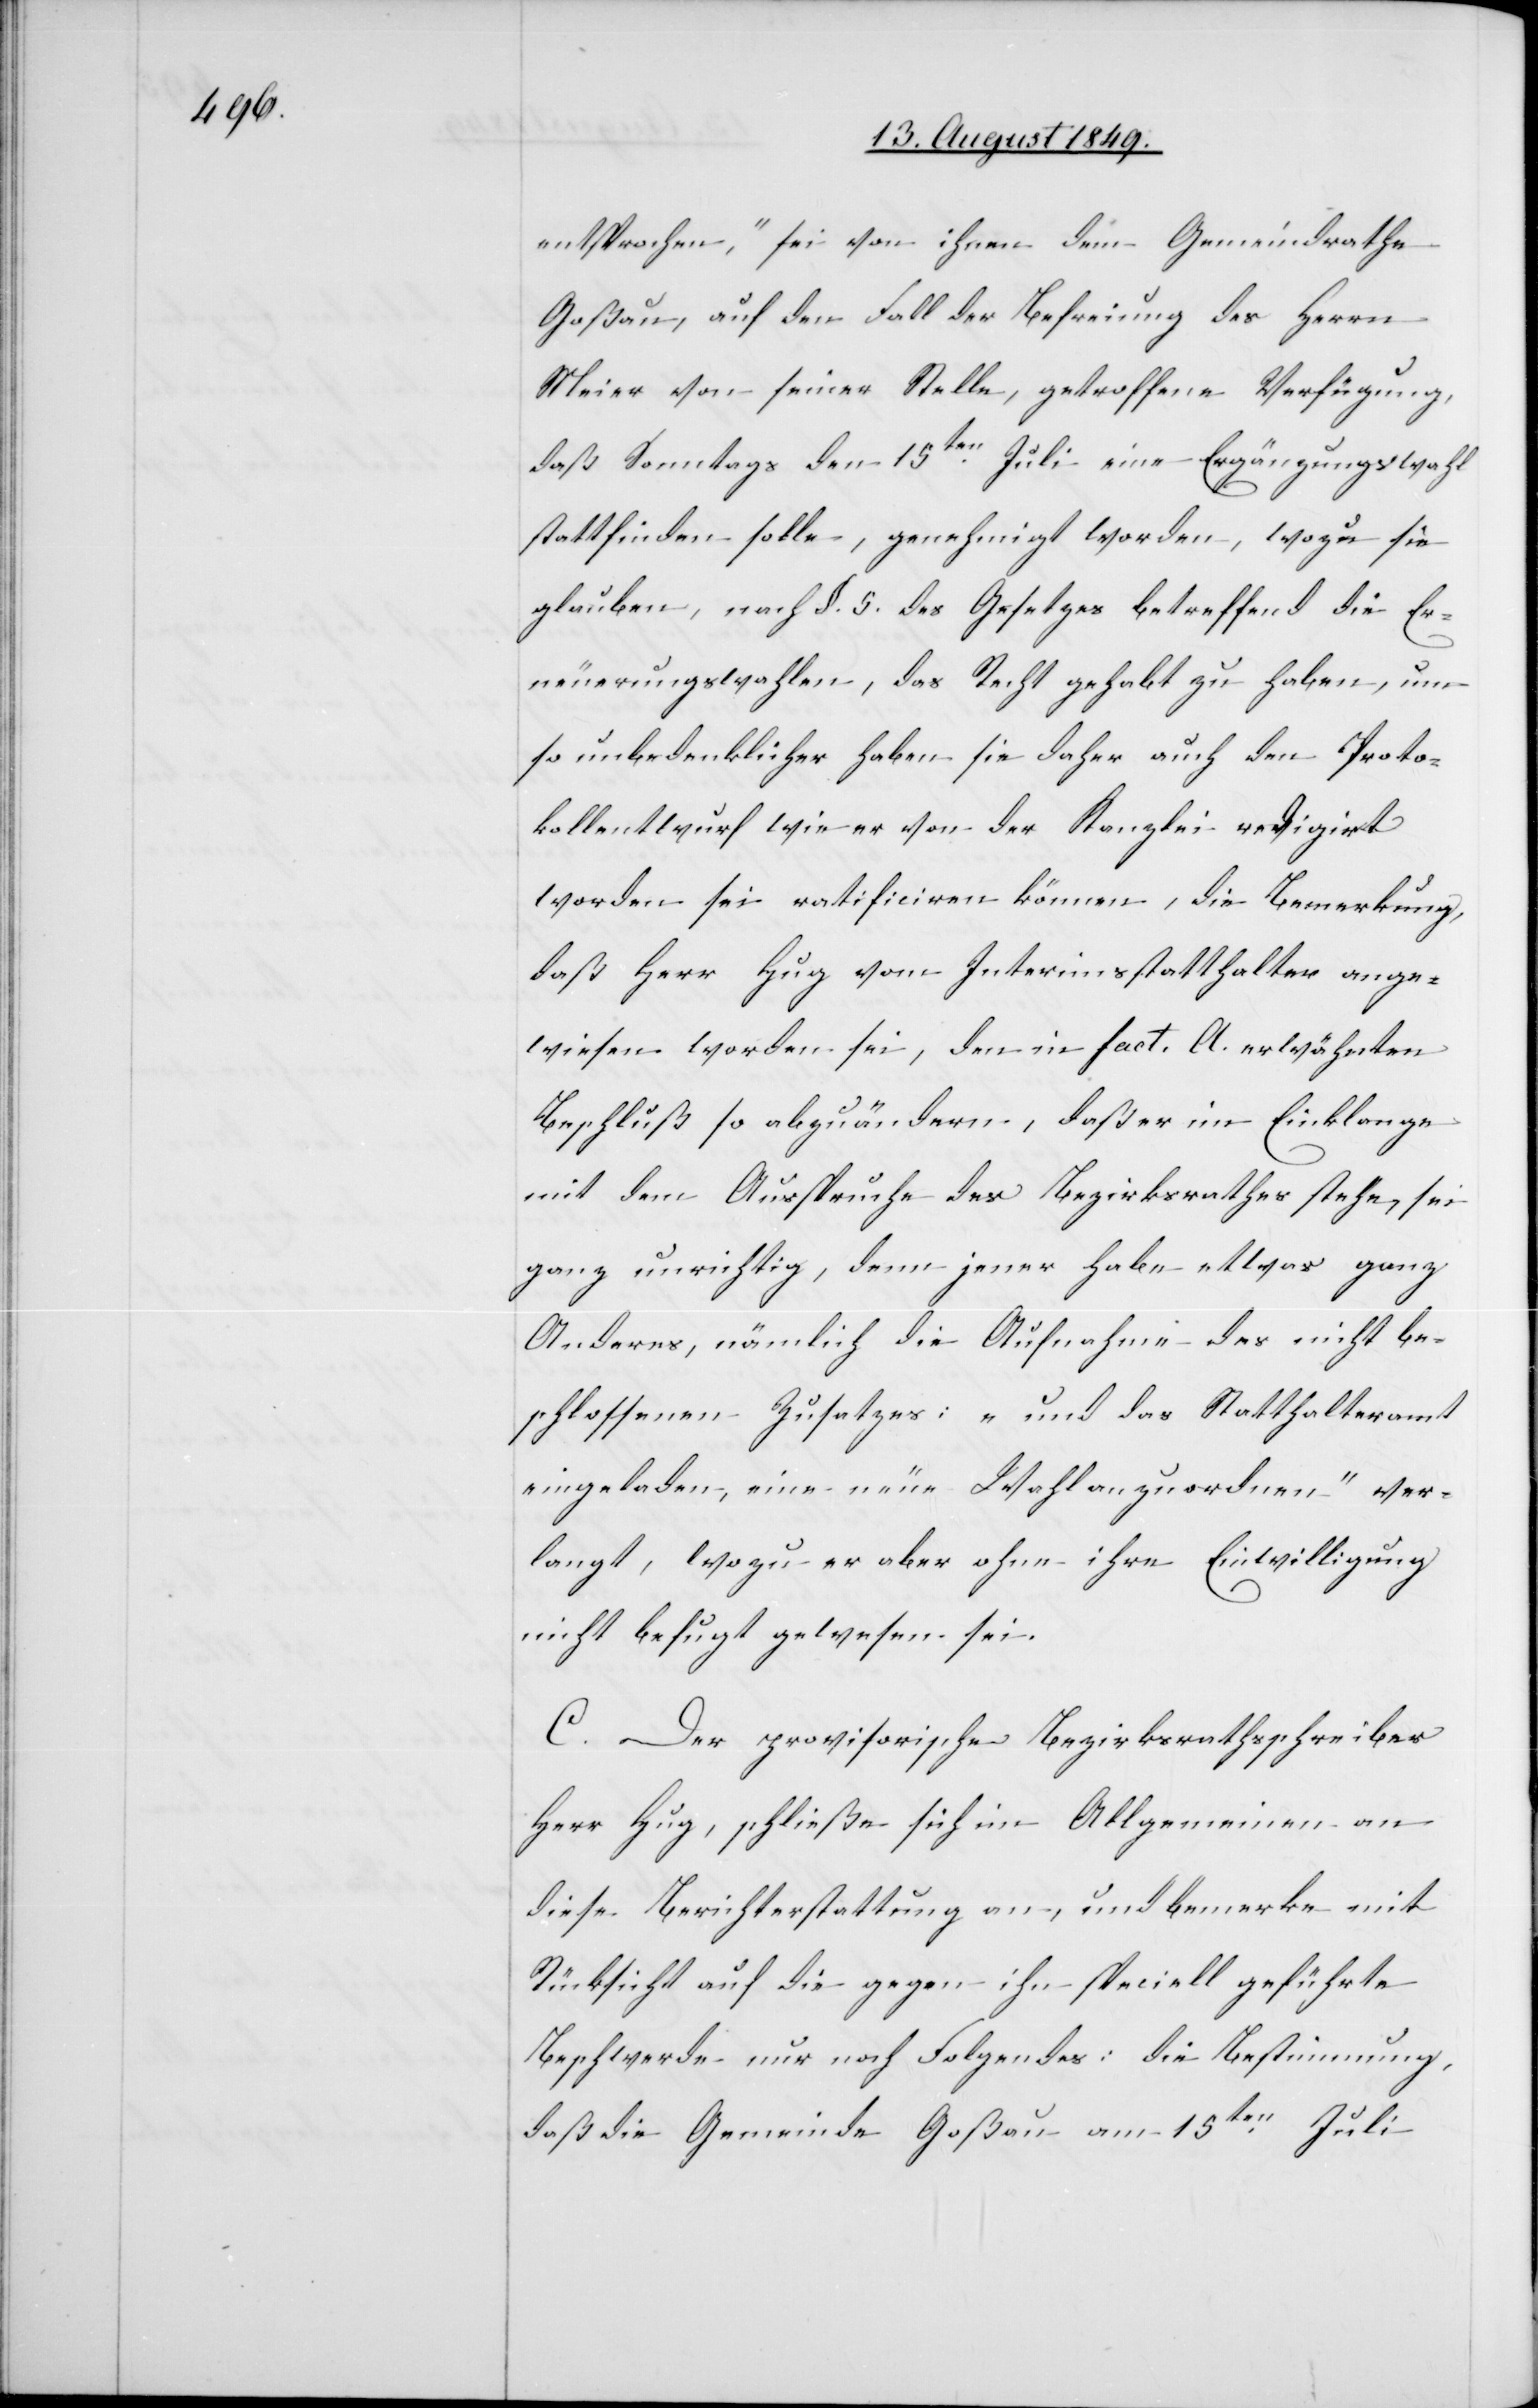
entsprochen“, sei von ihnen dem Gemeindrathe
Goßau, auf den Fall der Befreiung des Herrn
Meier von seiner Stelle, getroffene Verfügung,
daß Sonntags den 15ten Juli eine Ergänzungswahl
stattfinden solle, genehmigt worden, wozu sie
glauben, nach §. 5. des Gesetzes betreffend die Er¬
neuerungswahlen, das Recht gehabt zu haben, um
so unbedenklicher haben sie daher auch den Proto¬
kollentwurf wie er von der Kanzlei revigirt
worden sei ratificiren können, die Bemerkung,
daß Herr Hug vom Interimsstatthalter ange¬
wiesen worden sei, den in fact. A. erwähnten
Beschluß so abzuändern, daß er im Einklange
mit dem Ausspruche des Bezirksrathes stehe, sei
ganz unrichtig, denn jener habe etwas ganz
Anderes, nämlich die Aufnahme des nicht be¬
schlossenen Zusatzes: „und das Statthalteramt
eingeladen, eine neue Wahl anzuordnen“ ver¬
langt, wozu er aber ohne ihre Einwilligung
nicht befugt gewesen sei.
C. Der provisorische Bezirksrathschreiber
Herr Hug, schließe sich im Allgemeinen an
diese Berichterstattung an, und bemerke mit
Rücksicht auf die gegen ihn speciell geführte
Beschwerde nur noch Folgendes: die Bestimmung,
daß die Gemeinde Goßau am 15ten Juli